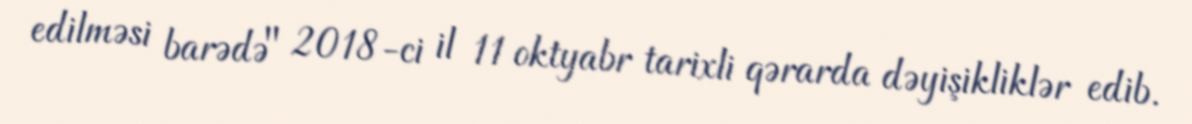
edilməsi barədə" 2018-ci il 11 oktyabr tarixli qərarda dəyişikliklər edib.